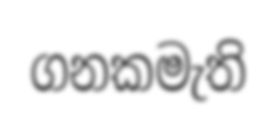
ගනකමැති